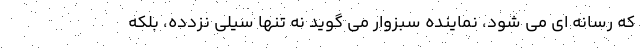
که رسانه ای می شود، نماینده سبزوار می گوید نه تنها سیلی نزدده، بلکه